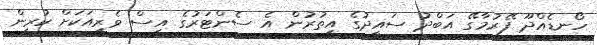
ހޯނޑެއްދޫ ފޭރުމާގޭ އަބްދު ސައީދުގެ އިތުރުން އެ ސެންޓަރުގެ އިސް ވެރިއަކަށް ކުރިން